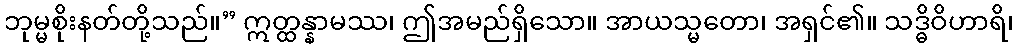
ဘုမ္မစိုးနတ်တို့သည်။” ဣတ္ထန္နာမဿ၊ ဤအမည်ရှိသော။ အာယသ္မတော၊ အရှင်၏။ သဒ္ဓိဝိဟာရိ၊